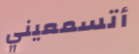
أتسمعيني